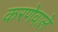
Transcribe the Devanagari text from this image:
करणेवाले